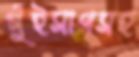
গুঁইসাপসহ